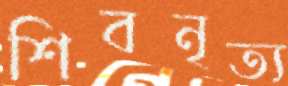
শিবনৃত্য